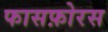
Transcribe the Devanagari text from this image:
फासफ़ोरस